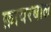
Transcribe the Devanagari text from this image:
फ़ायरबाल